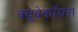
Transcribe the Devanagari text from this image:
क्यूबेकॉयस